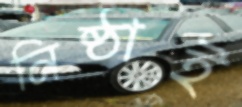
নিষ্ঠাই